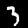
Digit: 3